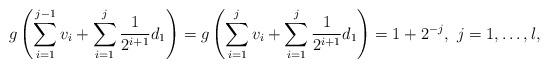
LaTeX: \begin{align*}g\left(\sum^{j-1}_{i=1}v_i+\sum^{j}_{i=1}\frac{1}{2^{i+1}}d_1\right)=g\left(\sum^{j}_{i=1}v_i+\sum^{j}_{i=1}\frac{1}{2^{i+1}}d_1\right)=1+2^{-j},~j=1,\dots,l,\end{align*}